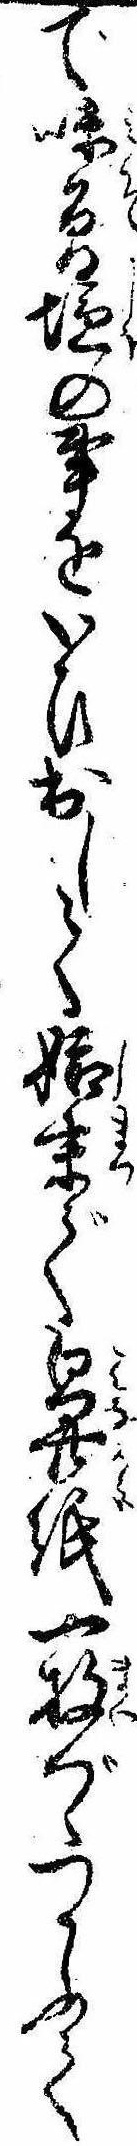
で味曽塩の事をいひ出して始末で鼻紙一枚づゝつかふて